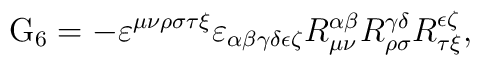
{\rm G}_{6}=-\varepsilon ^{\mu \nu \rho \sigma \tau \xi }\varepsilon _{\alpha\beta \gamma \delta \epsilon \zeta }R_{\mu \nu }^{\alpha \beta }R_{\rho\sigma }^{\gamma \delta }R_{\tau \xi }^{\epsilon \zeta },